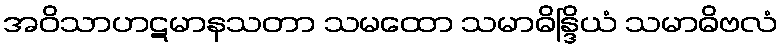
အဝိသာဟဋမာနသတာ သမထော သမာဓိန္ဒြိယံ သမာဓိဗလံ